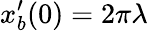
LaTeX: x_{b}^{\prime}(0)=2\pi\lambda